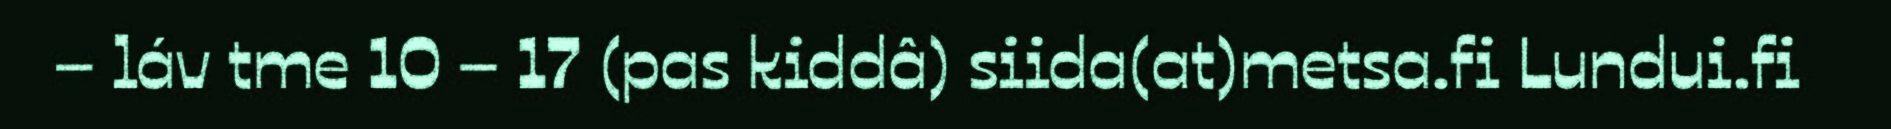
– láv tme 10 – 17 (pas kiddâ) siida(at)metsa.fi Lundui.fi